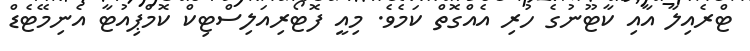
ޓްރެއިލާ އާއި ކާޓޫނުގެ ހުރި އެއްގޮތް ކަމެވެ. މިއީ ފޮޓޯރިއަލިސްޓިކް ކޮމްޕިއުޓާ އެނިމޭޓެޑް